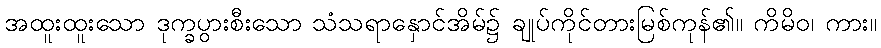
အထူးထူးသော ဒုက္ခပွားစီးသော သံသရာနှောင်အိမ်၌ ချုပ်ကိုင်တားမြစ်ကုန်၏။ ကိမိဝ၊ ကား။